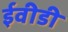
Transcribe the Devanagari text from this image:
ईवीडी